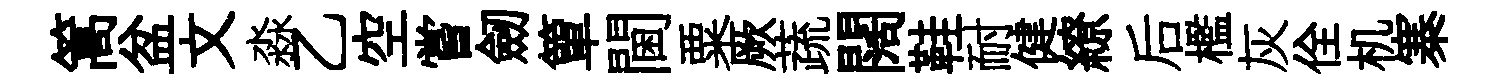
篙盆文淼乙空嘗劒簞閫粟厥蔬闊鞋耐健繚后檻灰佺机寨